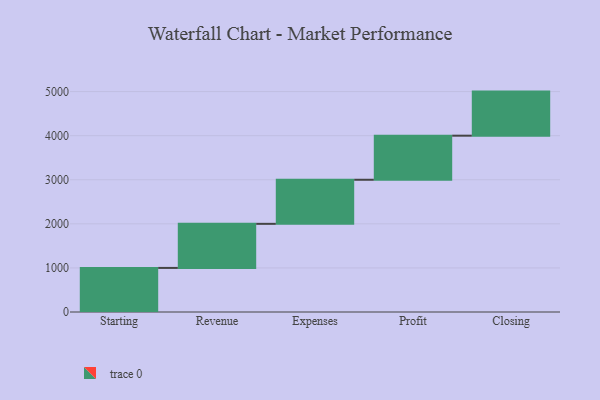
{"axis": {"x": "Step", "y": "Value"}, "legend": [""], "data": [{"x": "Starting", "y": 1000, "type": ""}, {"x": "Revenue", "y": 1000, "type": ""}, {"x": "Expenses", "y": 1000, "type": ""}, {"x": "Profit", "y": 1000, "type": ""}, {"x": "Closing", "y": 1000, "type": ""}]}